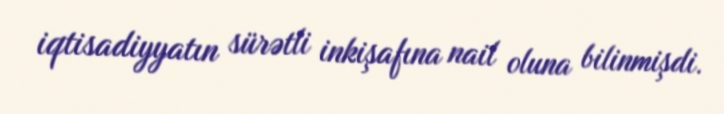
iqtisadiyyatın sürətli inkişafına nail oluna bilinmişdi.